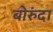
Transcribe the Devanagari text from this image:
बोरुंदा